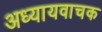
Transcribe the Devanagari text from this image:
अध्यायवाचक